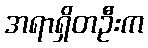
အရာရှိတဦးက